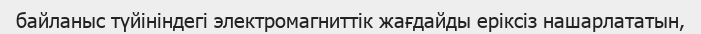
байланыс түйініндегі электромагниттік жағдайды еріксіз нашарлататын,